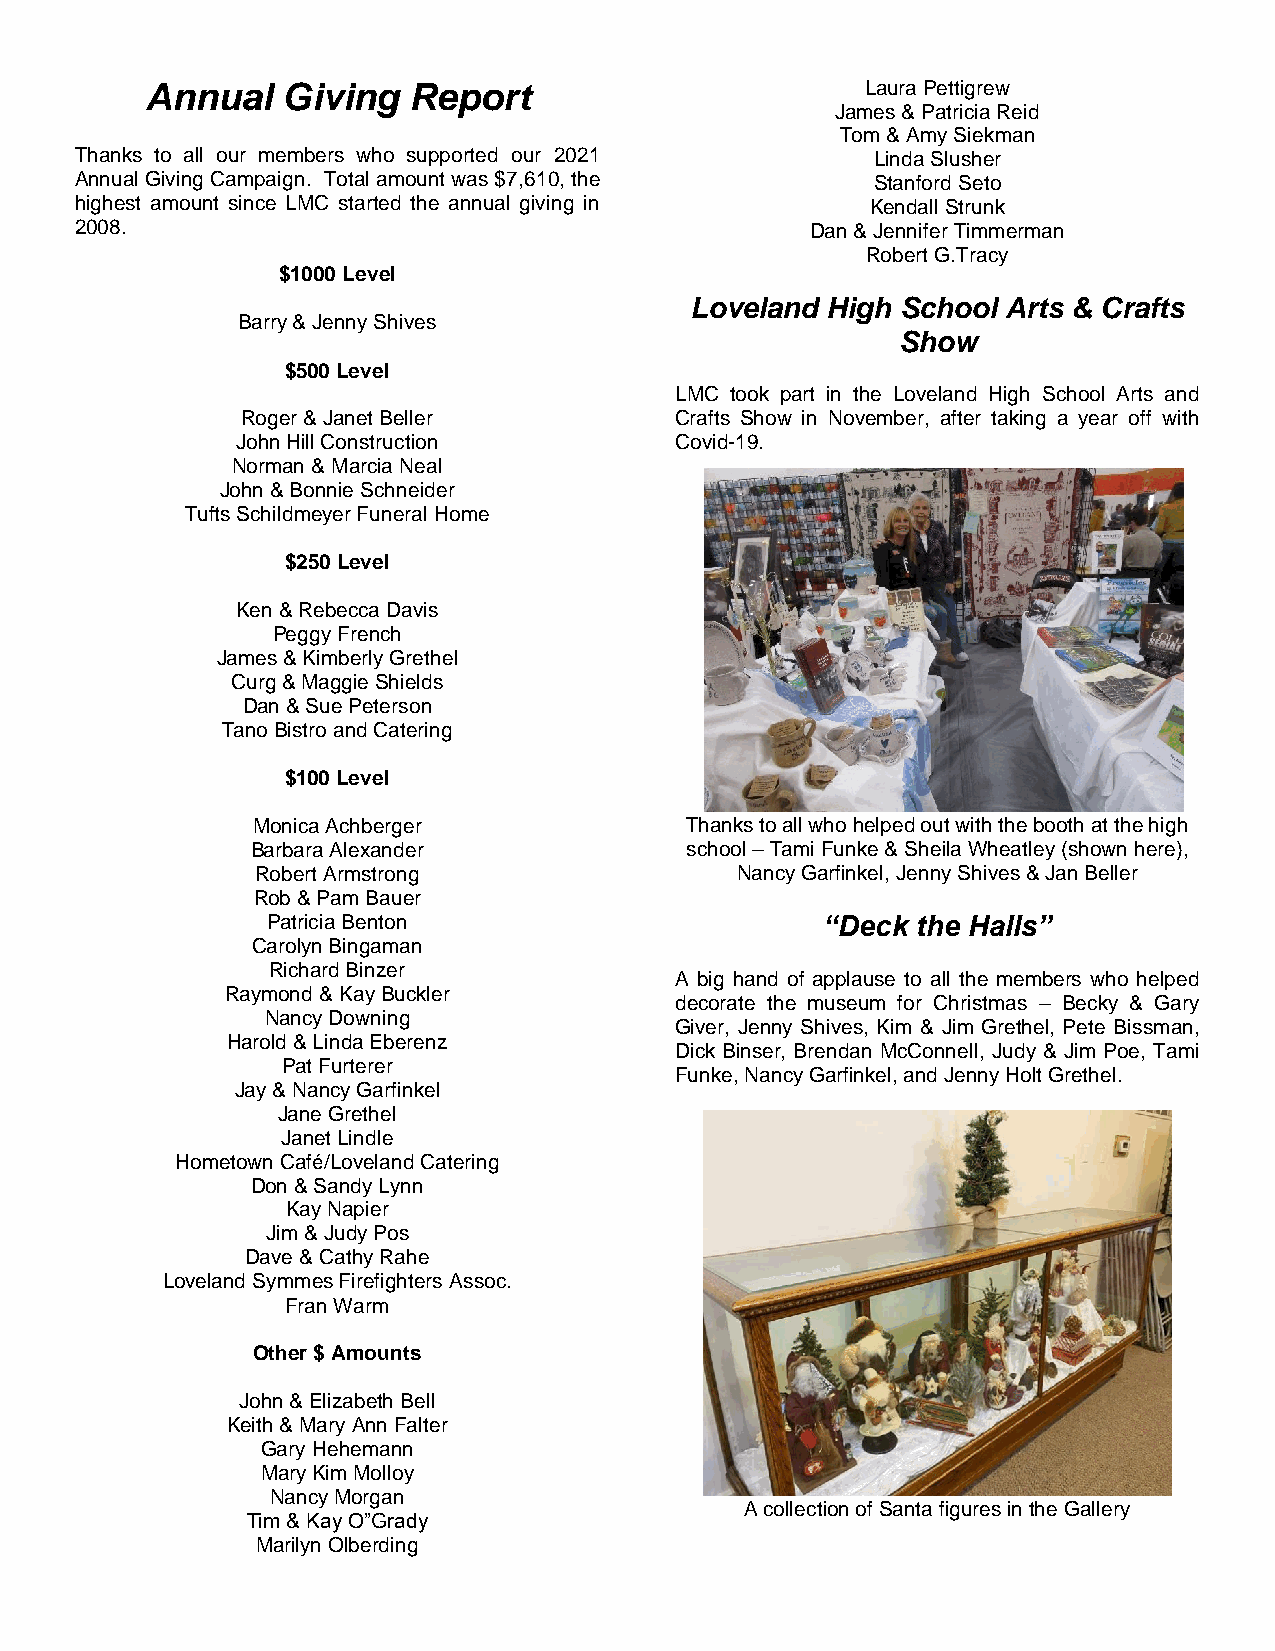
Annual   Giving  Report                        Laura Pettigrew
 James & Patricia Reid
 Tom & Amy Siekman
 Thanks to all our members who supported our 2021     Linda Slusher
 Annual Giving Campaign. Total amount was $7,610, the Stanford Seto
 highest amount since LMC started the annual giving in Kendall Strunk
 2008.                                            Dan & Jennifer Timmerman
 Robert G.Tracy
 $1000 Level
 Loveland High School Arts & Crafts
 Barry & Jenny Shives
 Show
 $500 Level
 LMC took part in the Loveland High School Arts and
 Roger & Janet Beller         Crafts Show in November, after taking a year off with
 John Hill Construction       Covid-19.
 Norman & Marcia Neal
 John & Bonnie Schneider
 Tufts Schildmeyer Funeral Home
 $250 Level
 Ken & Rebecca Davis
 Peggy French
 James & Kimberly Grethel
 Curg & Maggie Shields
 Dan & Sue Peterson
 Tano Bistro and Catering
 $100 Level
 Monica Achberger            Thanks to all who helped out with the booth at the high
 Barbara Alexander           school – Tami Funke & Sheila Wheatley (shown here),
 Robert Armstrong                Nancy Garfinkel, Jenny Shives & Jan Beller
 Rob & Pam Bauer
 Patricia Benton                      “Deck the Halls”
 Carolyn Bingaman
 Richard Binzer
 A big hand of applause to all the members who helped
 Raymond & Kay Buckler
 decorate the museum for Christmas – Becky & Gary
 Nancy Downing
 Giver, Jenny Shives, Kim & Jim Grethel, Pete Bissman,
 Harold & Linda Eberenz
 Dick Binser, Brendan McConnell, Judy & Jim Poe, Tami
 Pat Furterer
 Funke, Nancy Garfinkel, and Jenny Holt Grethel.
 Jay & Nancy Garfinkel
 Jane Grethel
 Janet Lindle
 Hometown Café/Loveland Catering
 Don & Sandy Lynn
 Kay Napier
 Jim & Judy Pos
 Dave & Cathy Rahe
 Loveland Symmes Firefighters Assoc.
 Fran Warm
 Other $ Amounts
 John & Elizabeth Bell
 Keith & Mary Ann Falter
 Gary Hehemann
 Mary Kim Molloy
 Nancy Morgan
 A collection of Santa figures in the Gallery
 Tim & Kay O”Grady
 Marilyn Olberding